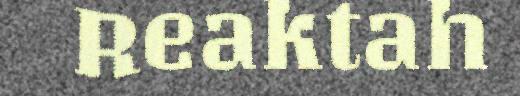
Reaktah